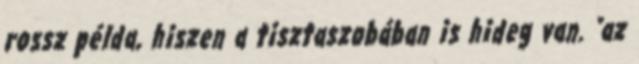
rossz példa, hiszen a tisztaszobában is hideg van. "az